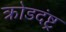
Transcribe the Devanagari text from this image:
क्रोडदंष्ट्र